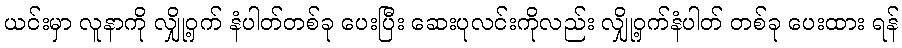
ယင်းမှာ လူနာကို လျှို့ဝှက် နံပါတ်တစ်ခု ပေးပြီး ဆေးပုလင်းကိုလည်း လျှို့ဝှက်နံပါတ် တစ်ခု ပေးထား ရန်